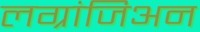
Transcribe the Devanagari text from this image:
लग्रांजिअन